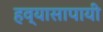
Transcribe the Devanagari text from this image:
हव्यासापायी